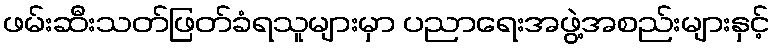
ဖမ်းဆီးသတ်ဖြတ်ခံရသူများမှာ ပညာရေးအဖွဲ့အစည်းများနှင့်